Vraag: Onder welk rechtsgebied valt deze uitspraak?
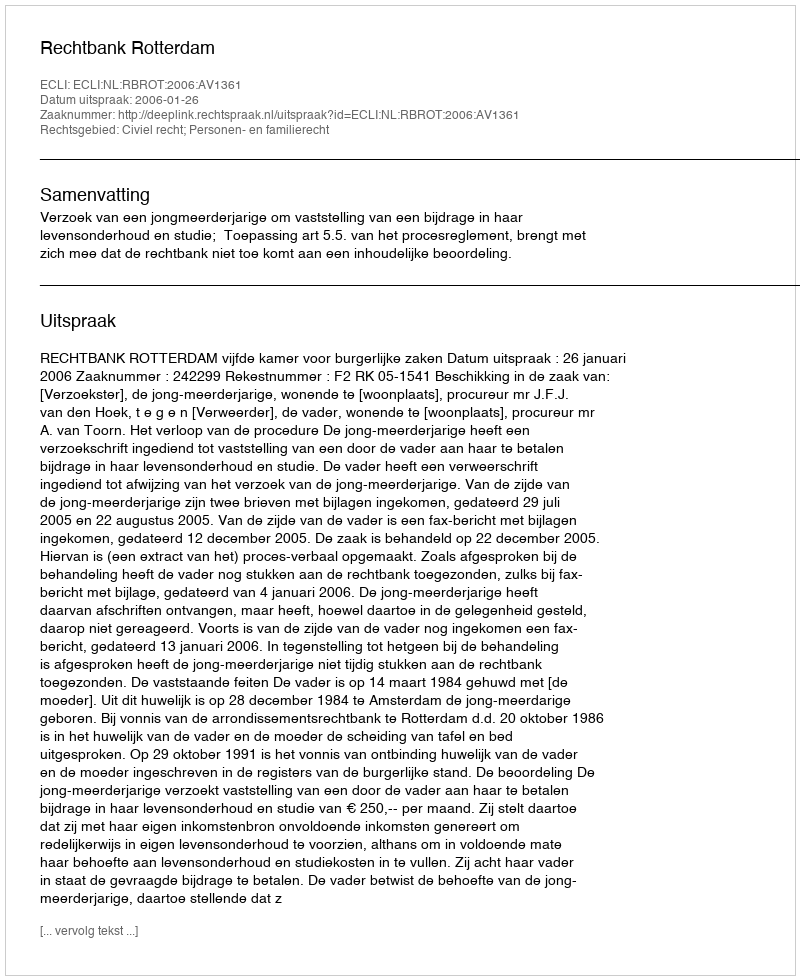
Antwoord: Civiel recht; Personen- en familierecht